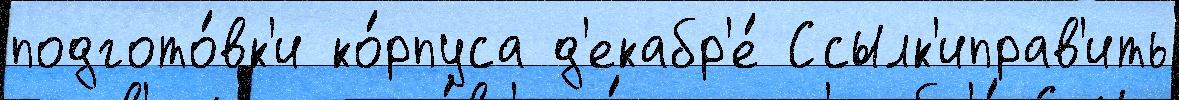
подгото́вк'и ко́рпуса д'екабр'е́ Ссылк'иправ'ить